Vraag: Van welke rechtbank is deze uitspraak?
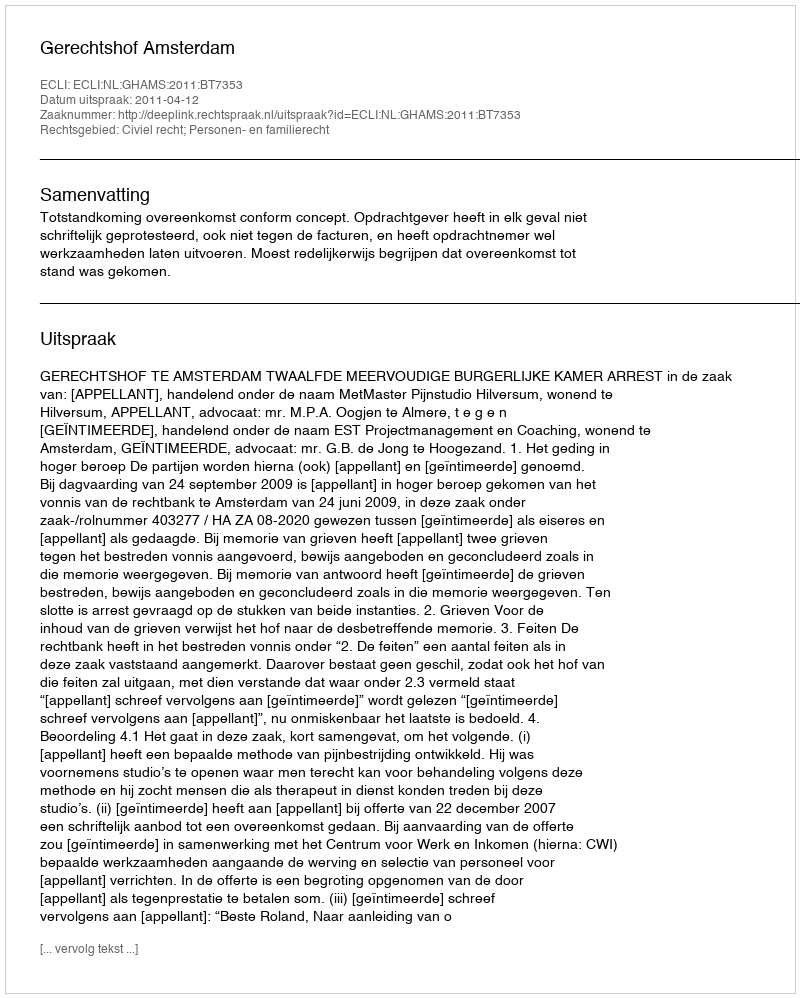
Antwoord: Gerechtshof Amsterdam